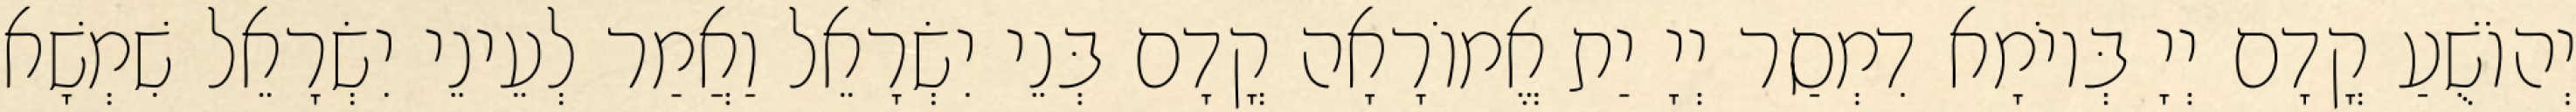
יְהוֹשֻׁעַ קֳדָם יְיָ בְּיוֹמָא דִמְסַר יְיָ יַת אֱמוֹרָאָה קֳדָם בְּנֵי יִשְׂרָאֵל וַאֲמַר לְעֵינֵי יִשְׂרָאֵל שִׁמְשָׁא